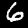
Label: 6